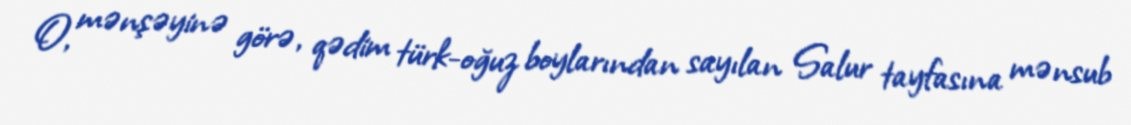
O, mənşəyinə görə, qədim türk-oğuz boylarından sayılan Salur tayfasına mənsub